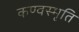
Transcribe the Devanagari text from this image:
कण्वस्मृति